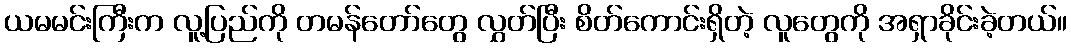
ယမမင်းကြီးက လူ့ပြည်ကို တမန်တော်တွေ လွှတ်ပြီး စိတ်ကောင်းရှိတဲ့ လူတွေကို အရှာခိုင်းခဲ့တယ်။